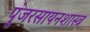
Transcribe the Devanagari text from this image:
पुंजरसायनशास्त्र